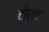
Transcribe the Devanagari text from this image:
टोर्ता